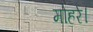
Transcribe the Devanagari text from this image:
मोहरे।